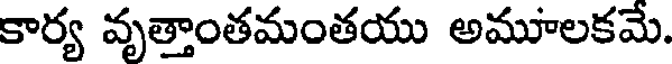
కార్య వృత్తాంతమంతయు అమూలకమే.